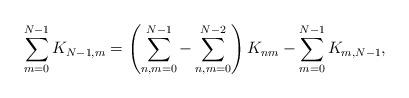
LaTeX: \begin{align*}\sum_{m=0}^{N-1}K_{N-1,m}=\left(\sum_{n,m=0}^{N-1}-\sum_{n,m=0}^{N-2}\right)K_{nm}-\sum_{m=0}^{N-1}K_{m,N-1},\end{align*}